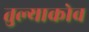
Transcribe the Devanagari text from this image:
तुल्याकोव